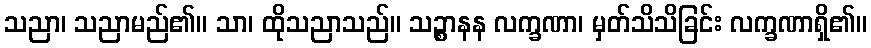
သညာ၊ သညာမည်၏။ သာ၊ ထိုသညာသည်။ သဉ္စာနန လက္ခဏာ၊ မှတ်သိသိခြင်း လက္ခဏာရှိ၏။